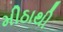
મીઠાથી